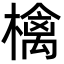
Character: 檎